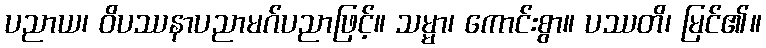
ပညာယ၊ ဝိပဿနာပညာမဂ်ပညာဖြင့်။ သမ္မာ၊ ကောင်းစွာ။ ပဿတိ၊ မြင်၏။